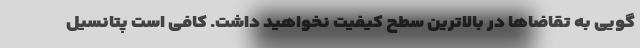
گویی به تقاضاها در بالاترین سطح کیفیت نخواهید داشت. کافی است پتانسیل